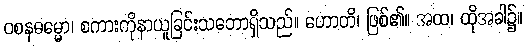
ဝစနဓမ္မော၊ စကားကိုနာယူခြင်းသဘောရှိသည်။ ဟောတိ၊ ဖြစ်၏။ အထ၊ ထိုအခါ၌။